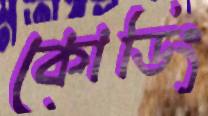
কোডিং